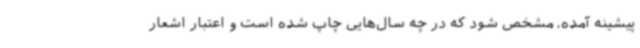
پیشینه آمده، مشخص شود که در چه سال‌هایی چاپ شده است و اعتبار اشعار